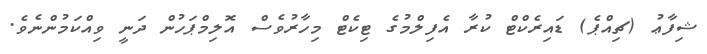
ޝިފާޢު (ޗިއްޕެ) ޑައިރެކްޓް ކުރާ އެފިލްމުގެ ޓިކެޓް މިހާރުވެސް އޮލިމްޕަހުން ދަނީ ވިއްކަމުންނެވެ.